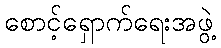
စောင့်ရှောက်ရေးအဖွဲ့